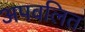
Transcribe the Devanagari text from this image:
अपवलित